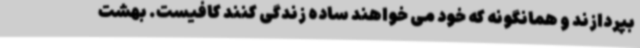
بپردازند و همانگونه که خود می خواهند ساده زندگی کنند کافیست. بهشت